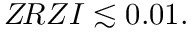
Z \! R Z I \lesssim 0 . 0 1 .